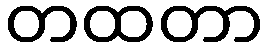
တထတာ